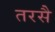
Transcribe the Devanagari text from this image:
तरसै